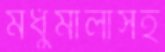
মধুমালাসহ